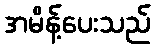
အမိန့်ပေးသည်